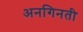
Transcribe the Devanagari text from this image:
अनगिनती